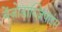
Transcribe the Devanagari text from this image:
बेंज़ोडाय्ज़िपाइंस